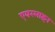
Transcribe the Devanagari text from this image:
एयरलाइंन